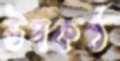
উপকণ্ঠ